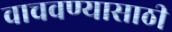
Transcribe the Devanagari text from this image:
वाचवण्‍यासाठी